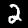
Digit: 2